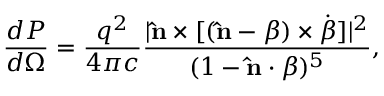
{ \frac { d P } { d \Omega } } = { \frac { q ^ { 2 } } { 4 \pi c } } { \frac { | \mathbf { \hat { n } } \times [ ( \mathbf { \hat { n } } - { \boldsymbol { \beta } } ) \times { \dot { \boldsymbol { \beta } } } ] | ^ { 2 } } { ( 1 - \mathbf { \hat { n } } \cdot { \boldsymbol { \beta } } ) ^ { 5 } } } ,